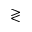
\gtrless